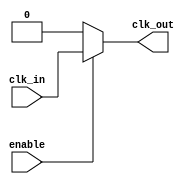
module ClockBuffer (
    input wire clk_in,      // Clock input
    input wire enable,      // Enable signal
    output wire clk_out     // Clock output
);

// Internal signal for the buffered clock
wire buffered_clk;

// Instantiate a simple buffer (can be replaced with more complex logic if needed)
assign buffered_clk = clk_in;

// Enable/Disable functionality
assign clk_out = enable ? buffered_clk : 1'b0; // Output is 0 when disabled

endmodule